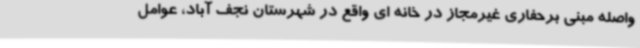
واصله مبنی برحفاری غیرمجاز در خانه ای واقع در شهرستان نجف آباد، عوامل